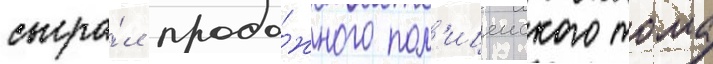
сыгра́л прода́жного пол'ицеиского тома